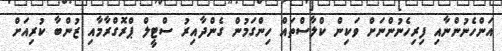
އަންހެނުންނާއި ފިރިހެނުންނަށް ވަކިން ކްލާސްތައް ހިންގަމުން ގެންދާއިރު ސްޓީލް ޕްރޮގްރާމާއި ޒުންބާ ކުރިއަށް